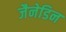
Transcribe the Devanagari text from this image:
जैनेडिन